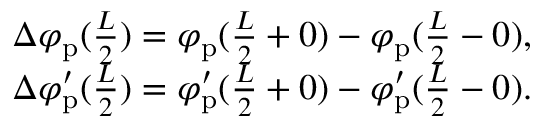
\begin{array} { r } { \Delta \varphi _ { \mathrm { p } } ( \frac { L } { 2 } ) = \varphi _ { \mathrm { p } } ( \frac { L } { 2 } + 0 ) - \varphi _ { \mathrm { p } } ( \frac { L } { 2 } - 0 ) , } \\ { \Delta \varphi _ { \mathrm { p } } ^ { \prime } ( \frac { L } { 2 } ) = \varphi _ { \mathrm { p } } ^ { \prime } ( \frac { L } { 2 } + 0 ) - \varphi _ { \mathrm { p } } ^ { \prime } ( \frac { L } { 2 } - 0 ) . } \end{array}